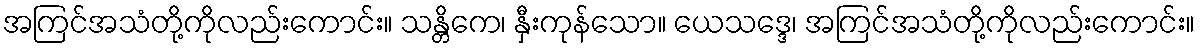
အကြင်အသံတို့ကိုလည်းကောင်း။ သန္တိကေ၊ နှီးကုန်သော။ ယေသဒ္ဒေ၊ အကြင်အသံတို့ကိုလည်းကောင်း။